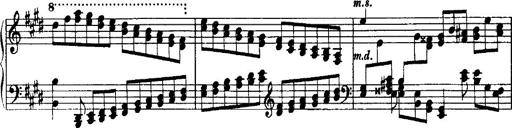
Title: Rondo di bravura
Composer: Franz Liszt